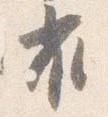
雀